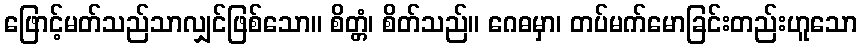
ဖြောင့်မတ်သည်သာလျှင်ဖြစ်သော။ စိတ္တံ၊ စိတ်သည်။ ဂေဓမှာ၊ တပ်မက်မောခြင်းတည်းဟူသော